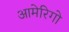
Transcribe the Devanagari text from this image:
आमेरिगो